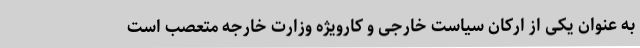
به عنوان یکی از ارکان سیاست خارجی و کارویژه وزارت خارجه متعصب است